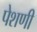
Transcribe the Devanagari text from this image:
पेशणी